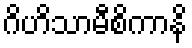
ဂိဟိသာမီစိကာနိ